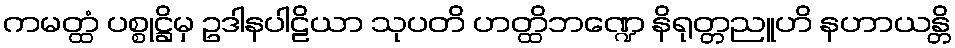
ကမတ္ထံ ပစ္စုဋ္ဌိမှ ဥဒါနပါဠိယာ သုပတိ ဟတ္ထိဘဏ္ဍေ နိရုတ္တညူဟိ နဟာယန္တိ